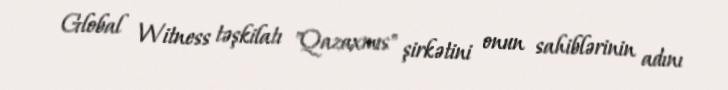
Global Witness təşkilatı "Qazaxmıs" şirkətini onun sahiblərinin adını